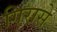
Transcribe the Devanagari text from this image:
गिरासे